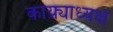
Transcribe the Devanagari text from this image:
काय्र्याध्यक्ष